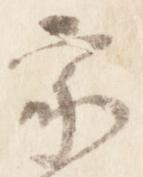
家